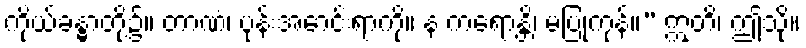
ကိုယ်ခန္ဓာတို့၌။ တာဏံ၊ ပုန်းအောင်းရာကို။ န ကရောန္တိ၊ မပြုကုန်။” ဣတိ၊ ဤသို့။